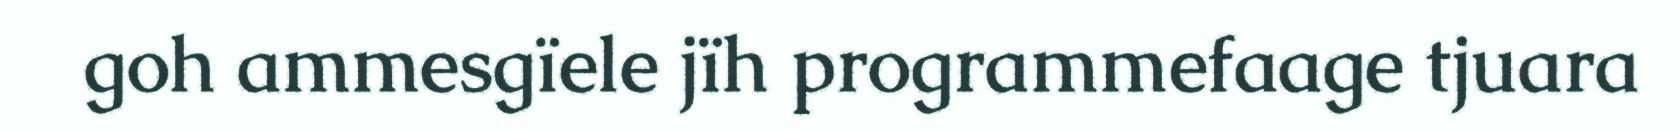
goh ammesgïele jïh programmefaage tjuara